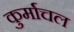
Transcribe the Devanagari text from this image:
कुर्माचल